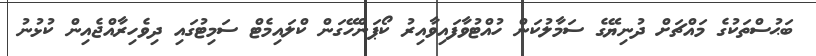
ބަޙުސްތަކުގެ މައްޗަށް ދުނިޔޭގެ ސަމާލުކަން ހުއްޓުވާފައިވާއިރު ކޯޕަންހޭގަން ކްލައިމެޓް ސަމިޓުގައި ދިވެހިރާއްޖެއިން ކުޅުނު